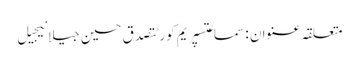
متعلقہ عنوان : سماعتسپریم کورٹتصدق حسین جیلانیجیل